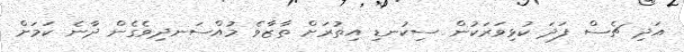
އަދި ޗެސް ފަދަ ކުޅިވަރަކުން ސިކުނޑި އިތުރަށް ތާޒާވެ މުއްސަނދިވެގެން ދާނެ ކަމަށް